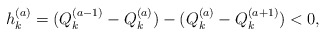
\begin{align*}h_k^{(a)}=(Q_k^{(a-1)}-Q_k^{(a)})-(Q_k^{(a)}-Q_k^{(a+1)})<0,\end{align*}